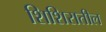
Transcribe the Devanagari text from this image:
शिशिरातील